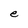
Character: e